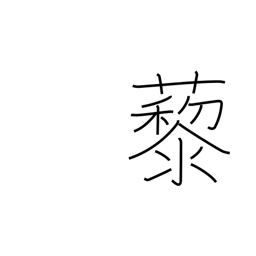
Meaning: wild spinach